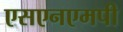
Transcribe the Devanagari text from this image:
एसएनएमपी